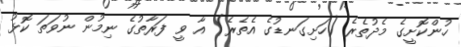
ހުންކޮށީގެ މެދުތެރެ (ހަށިގަނޑުގެ އެތެރެ) އާ ވީ ފަރާތުގެ ނިމުން ނުވަތަ ކޮޅު